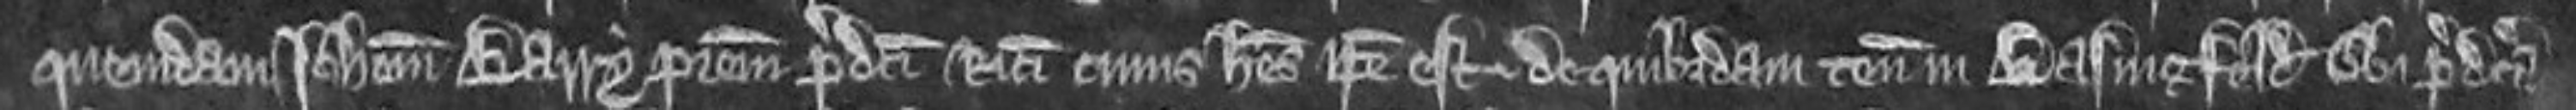
quemdam Johannem Barry patrem predicti Ricardi cuius heres ipse est de quibusdam tenementis in Basingfeld ubi predicta